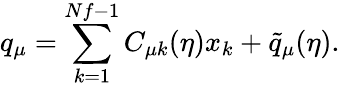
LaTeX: q_{\mu}=\sum_{k=1}^{Nf-1}C_{\mu k}(\eta)x_{k}+\tilde{q}_{\mu}(\eta).